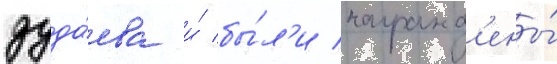
дуда́ева и́ бы́л'и награжд'ены́